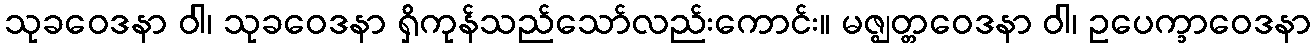
သုခဝေဒနာ ဝါ၊ သုခဝေဒနာ ရှိကုန်သည်သော်လည်းကောင်း။ မဇ္ဈတ္တဝေဒနာ ဝါ၊ ဥပေက္ခာဝေဒနာ